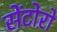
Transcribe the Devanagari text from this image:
सेंटोरो